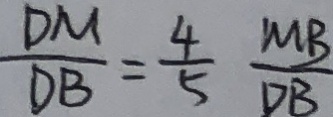
\frac { D M } { D B } = \frac { 4 } { 5 } \frac { M B } { D B }